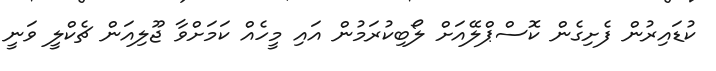
ކުޑައިރުން ފެށިގެން ކޮސްޕްލޭއަށް ލޯބިކުރަމުން އައި މީހެއް ކަމަށްވާ ޖޫލިއަން ޗެކްލީ ވަނީ